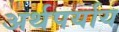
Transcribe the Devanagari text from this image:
अर्थपर्याय